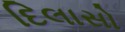
દિલાસો